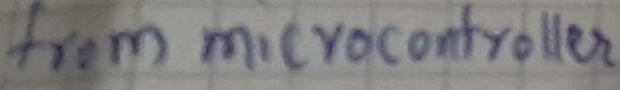
Text: from microcontroller